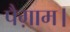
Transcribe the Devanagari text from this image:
पैग़ाम।